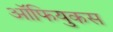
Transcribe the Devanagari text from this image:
ऑफियुकस